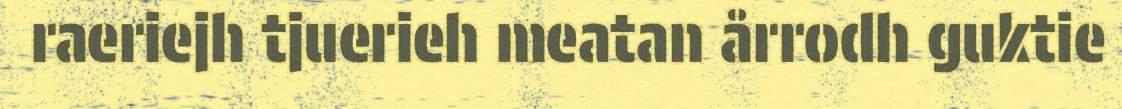
raeriejh tjuerieh meatan årrodh guktie